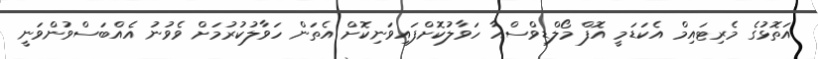
އަތޮޅުގެ މެރިޓައިމް އެކަޑަމީ އޮފް މޯލްޑިވްސްއާ ހަވާލުކޮށްފައިވަނިކޮށް އެތަން ހަވާލުކުރުމަށް ވެވުނު އެއްބަސްވުންވަނީ